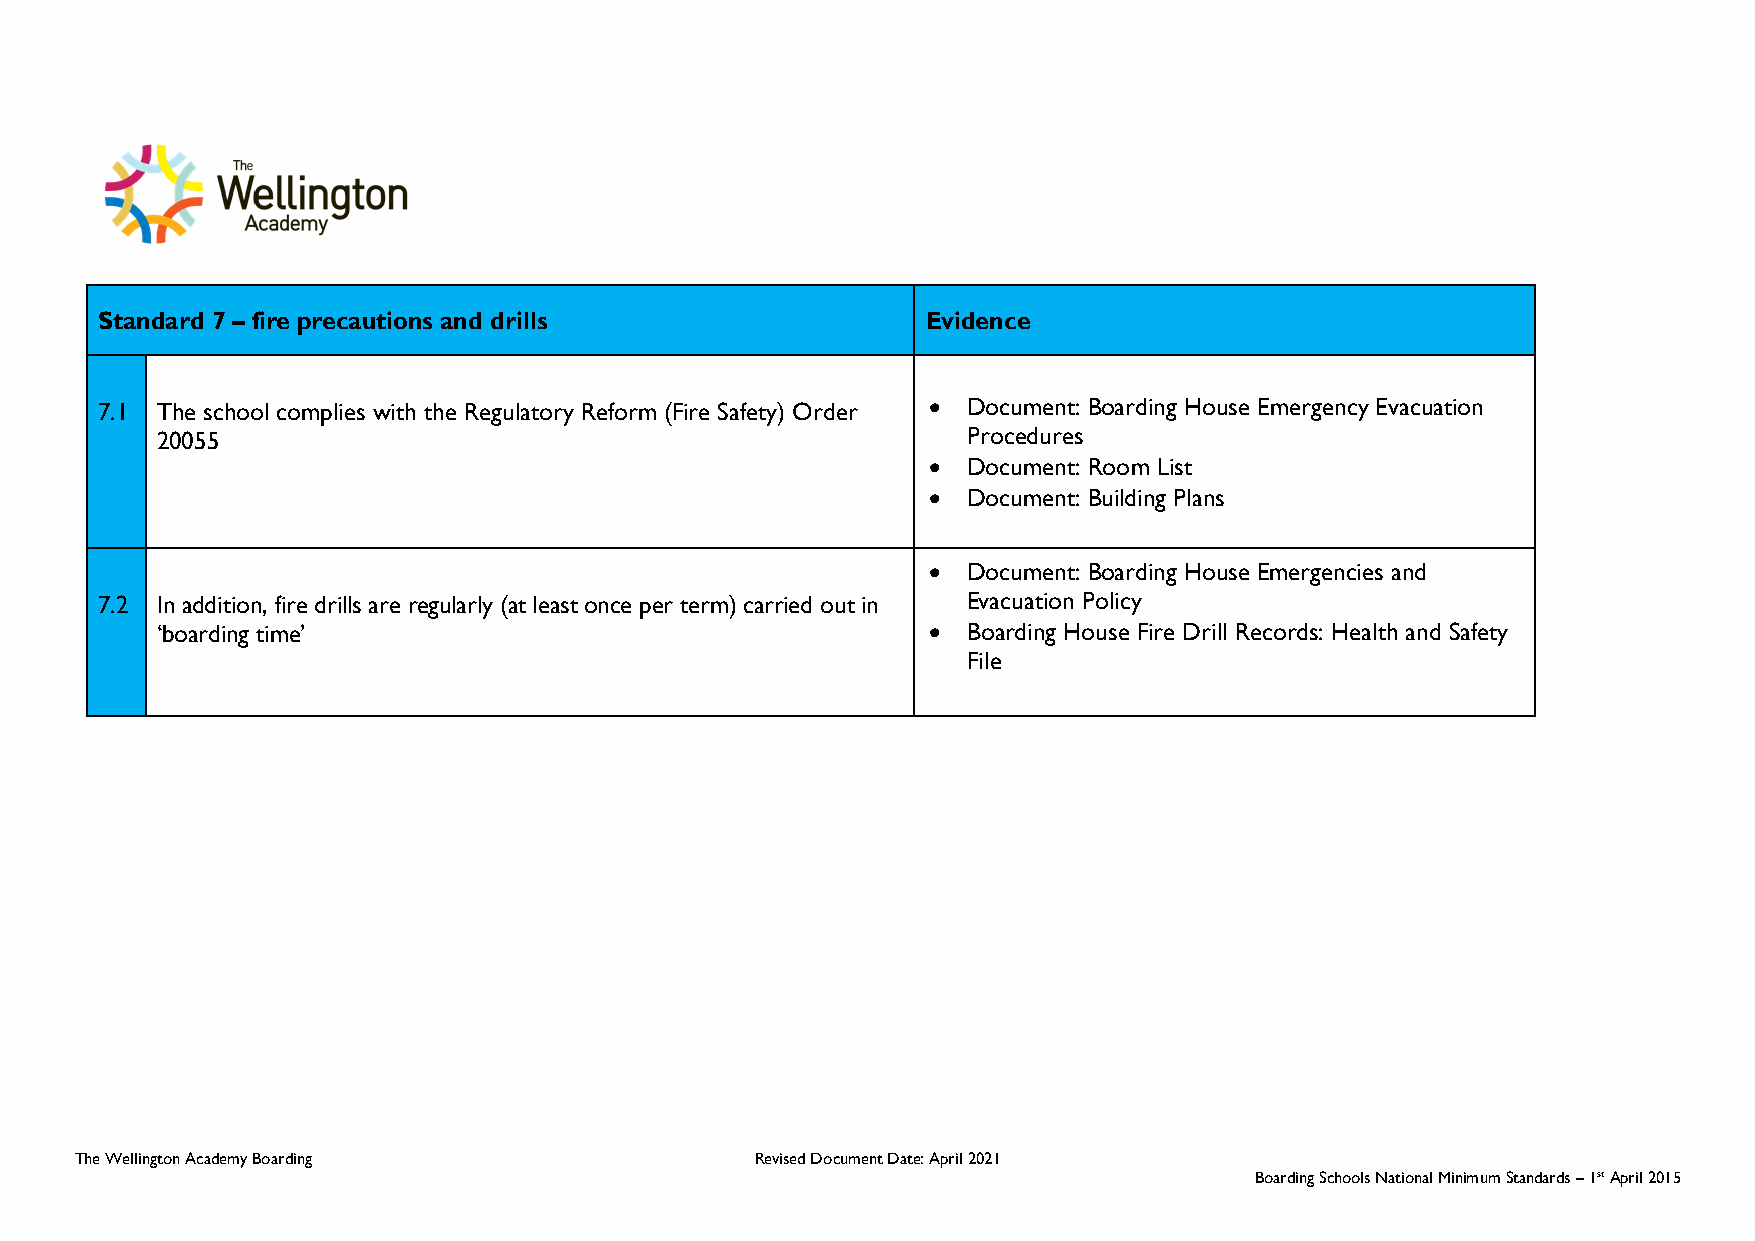
Standard 7 – fire precautions and drills               Evidence
 7.1 The school complies with the Regulatory Reform (Fire Safety) Order • Document: Boarding House Emergency Evacuation
 20055                                                 Procedures
 • Document: Room List
 • Document: Building Plans
 • Document: Boarding House Emergencies and
 7.2 In addition, fire drills are regularly (at least once per term) carried out in Evacuation Policy
 ‘boarding time’                                     • Boarding House Fire Drill Records: Health and Safety
 File
 The Wellington Academy Boarding              Revised Document Date: April 2021
 Boarding Schools National Minimum Standards – 1st April 2015